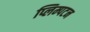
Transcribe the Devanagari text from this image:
प्लिम्पटन